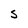
Character: S